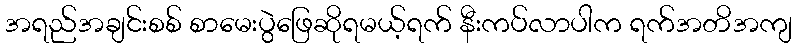
အရည်အချင်းစစ် စာမေးပွဲဖြေဆိုရမယ့်ရက် နီးကပ်လာပါက ရက်အတိအကျ